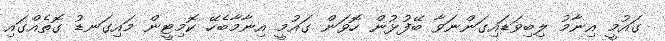
ގައުމީ އިނާމު ލިބިވަޑައިގަންނަވާ ބޭފުޅުން ހޮވަން ގައުމީ އިނާމާބެހޭ ކޮމިޓީން މައިގަނޑު ގޮތެއްގައި